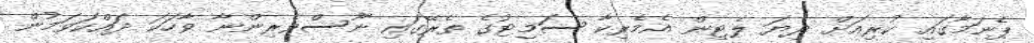
ޕެނަމާގައި ކުރިއަށް ދިޔަ ލެޓިން އެމެރިކާ ސަމިޓުގެ ތެރޭގައި ނޫސްވެރިންނާ ވާހަކަ ދައްކަވަމުން